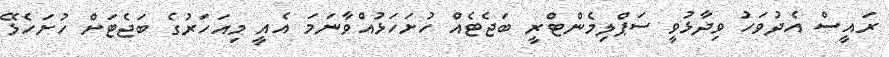
ރައީސް އެދުވަހު ވިދާޅުވީ ސަޕްލިމެންޓްރީ ބަޖެޓެއް ހުށަހަޅުއްވާނަމަ އެއީ މިއަހަރުގެ ބަޖެޓަށް ހުށަހެޅޭ